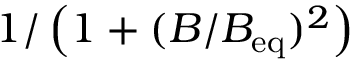
1 / \left( 1 + ( B / B _ { \mathrm { e q } } ) ^ { 2 } \right)